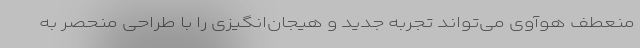
منعطف هوآوی می‌تواند تجربه جدید و هیجان‌انگیزی را با طراحی منحصر به